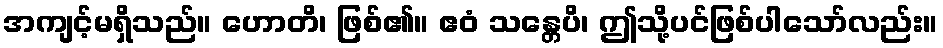
အကျင့်မရှိသည်။ ဟောတိ၊ ဖြစ်၏။ ဧဝံ သန္တေပိ၊ ဤသို့ပင်ဖြစ်ပါသော်လည်း။